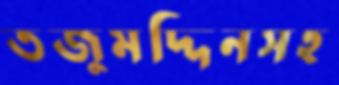
তজুমদ্দিনসহ